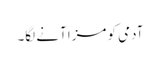
آدمی کو مزا آنے لگا۔